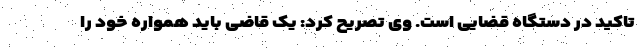
تاکید در دستگاه قضایی است. وی تصریح کرد: یک قاضی باید همواره خود را